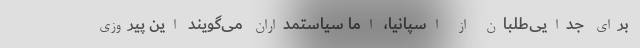
برای جدایی‌طلبان از اسپانیا، اما سیاستمداران می‌گویند این پیروزی